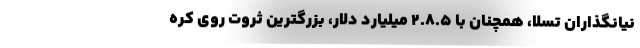
نیانگذاران تسلا، همچنان با ۲.۸.۵ میلیارد دلار، بزرگترین ثروت روی کره